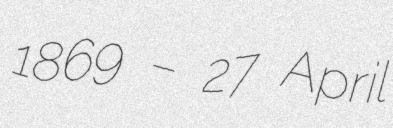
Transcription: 1869 – 27 April